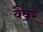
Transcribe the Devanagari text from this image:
वैवर